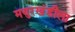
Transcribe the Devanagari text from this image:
मयुरखंडीला